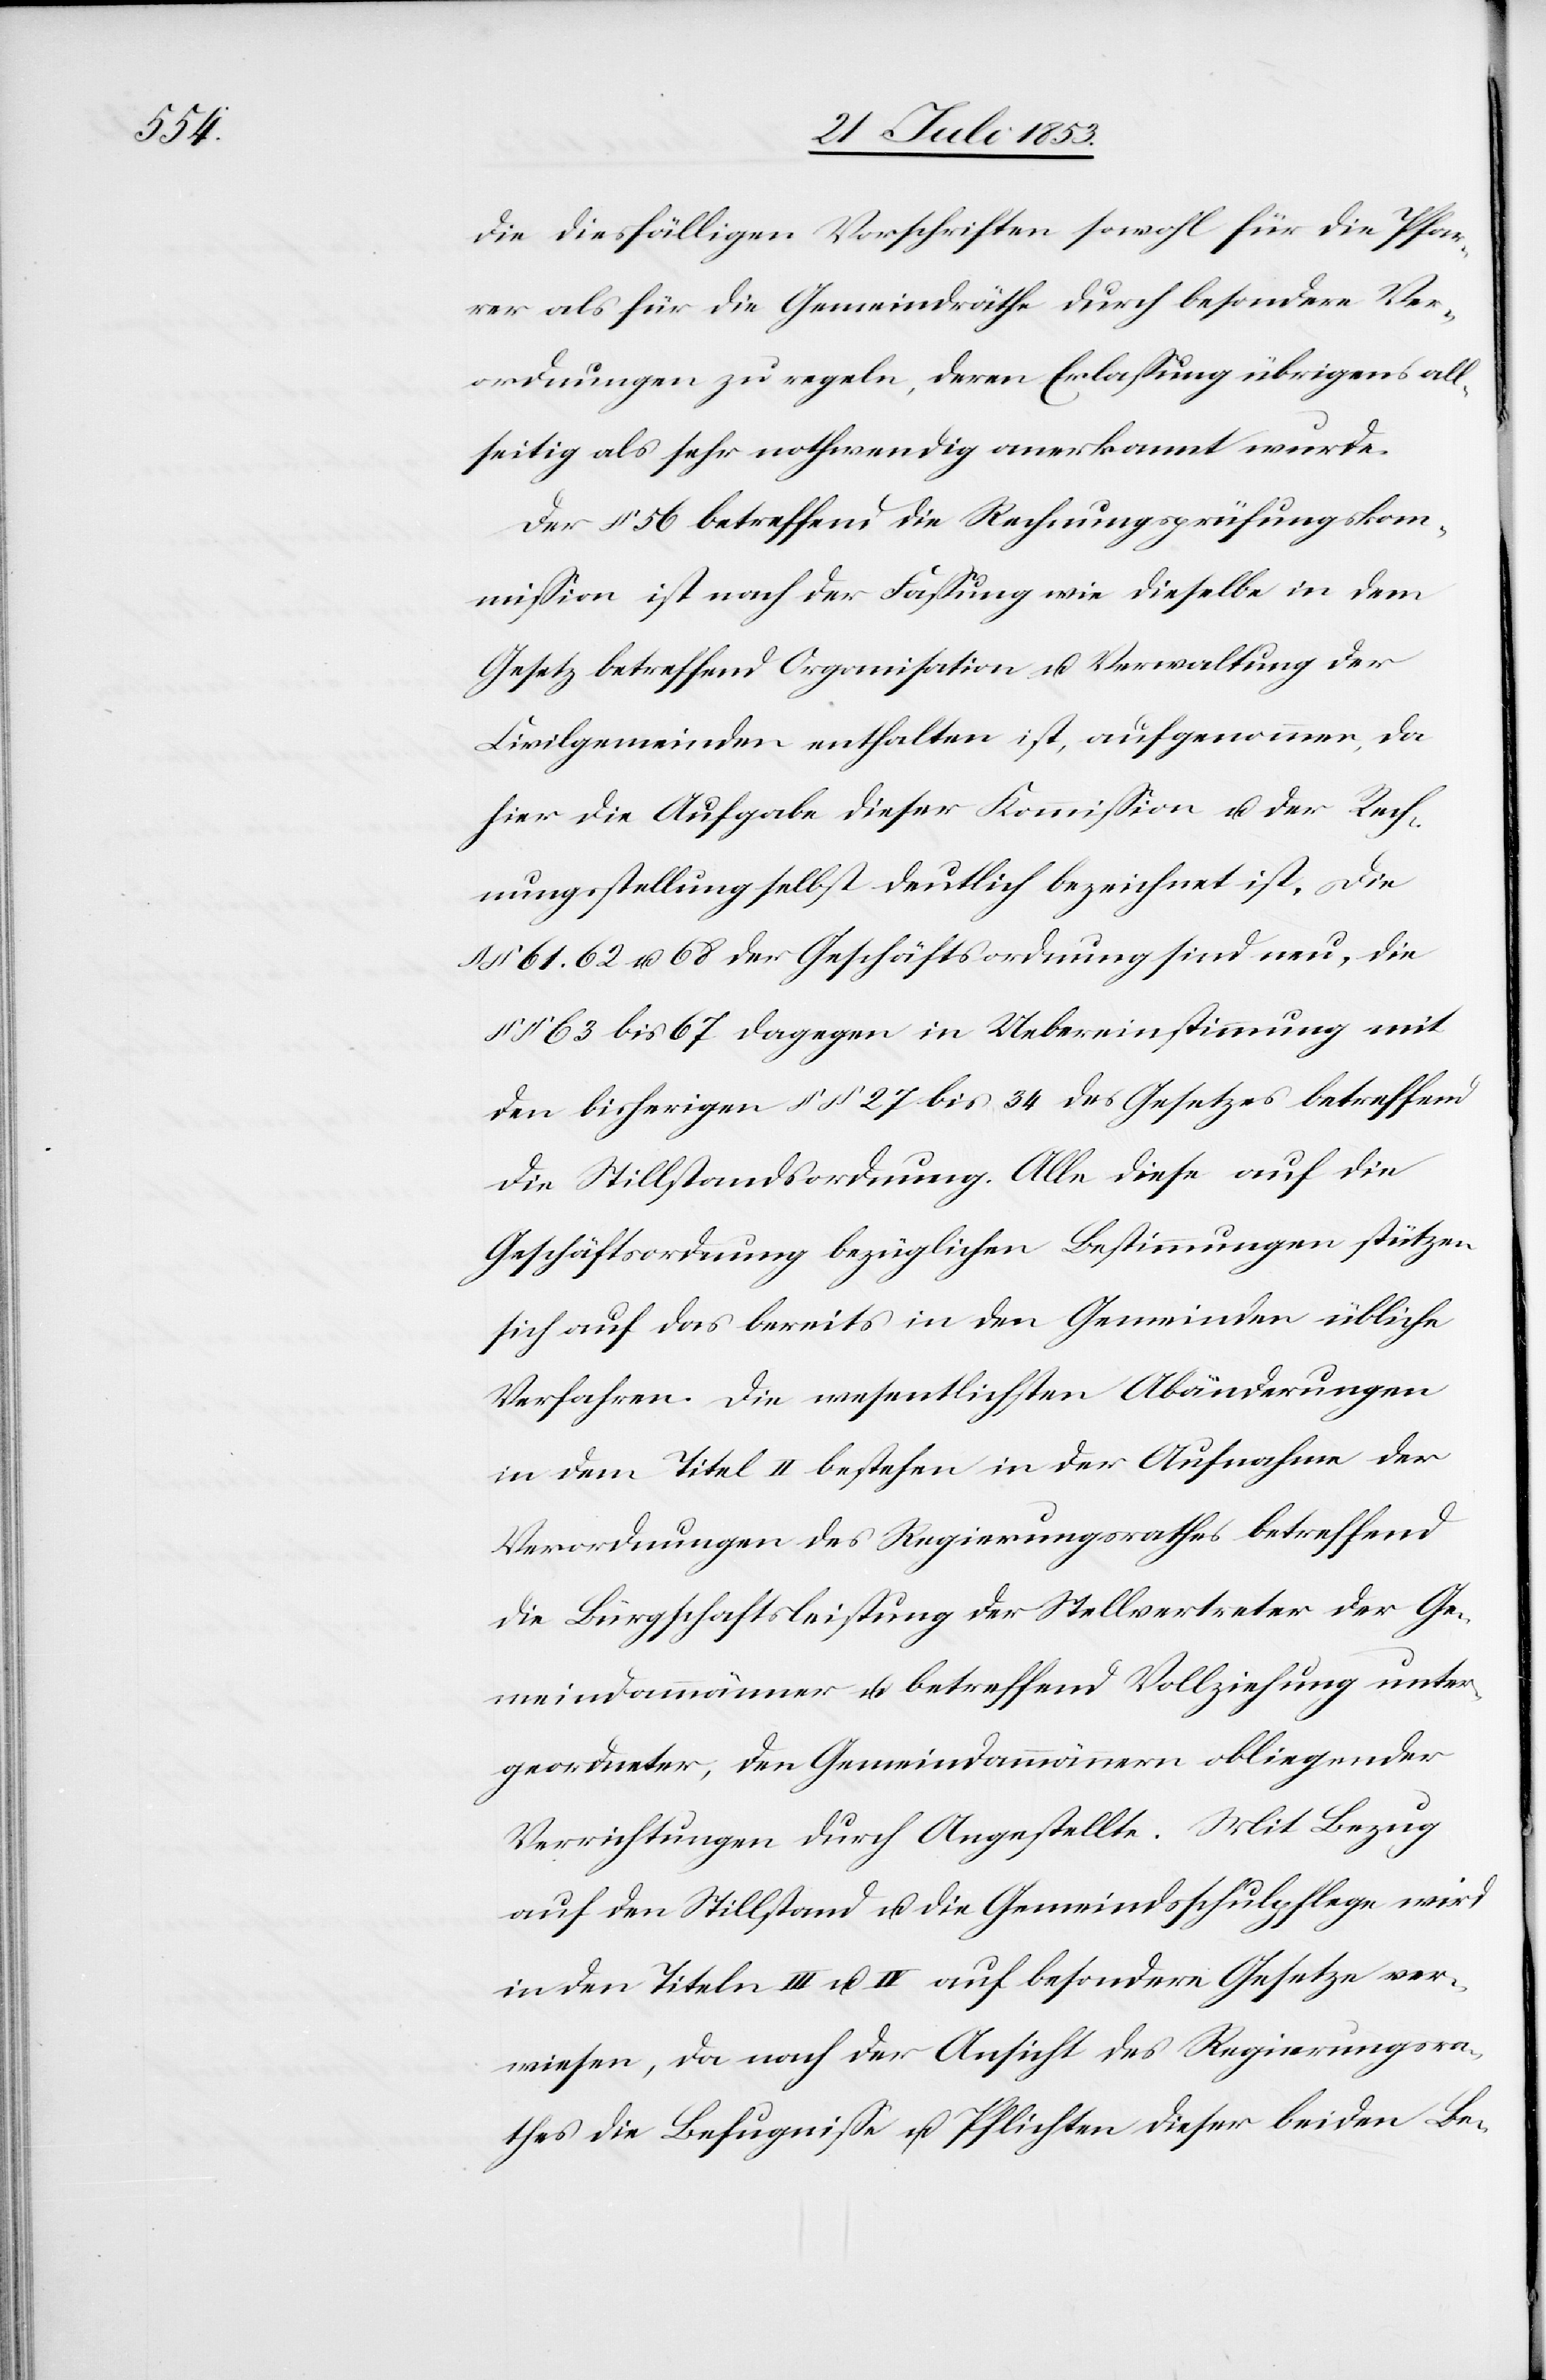
die diesfälligen Vorschriften sowohl für die Pfar¬
rer als für die Gemeindräthe durch besondere Ver¬
ordnungen zu regeln, deren Erlaßung übrigens all¬
seitig als sehr nothwendig anerkannt werde.
Der § 56 betreffend die Rechnungsprüfungskom¬
mißion ist nach der Faßung wie dieselbe in dem
Gesetz betreffend Organisation u. Verwaltung der
Civilgemeinden enthalten ist, aufgenommen, da
hier die Aufgabe dieser Kommißion u. der Rech¬
nungsstellung selbst deutlich bezeichnet ist, die
§ 61. 62 u. 68 der Geschäftsordnung sind neu, die
§§ 63 bis 67 dagegen in Uebereinstimmung mit
den bisherigen §§ 27 bis 34 des Gesetzes betreffend
die Stillstandsordnung. Alle diese auf die
Geschäftsordnung bezüglichen Bestimmungen stützen
sich auf das bereits in den Gemeinden übliche
Verfahren. Die wesentlichen Abänderungen
in dem Titel II bestehen in der Aufnahme der
Verordnungen des Regierungsrathes betreffend
die Bürgschaftsleistung der Stellvertreter der Ge¬
meindammänner u. betreffend Vollziehung unter¬
geordneter, den Gemeindammännern obliegender
Verrichtungen durch Angestellte. Mit Bezug
auf den Stillstand u. die Gemeindschulpflege wird
in den Titeln III u. IV. auf besondere Gesetze ver¬
wiesen, da nach der Ansicht des Regierungsra¬
thes die Befugniße u. Pflichten dieser beiden Be-